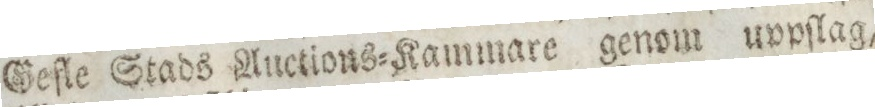
Gefle Stads Auctions=Kammare genom uppſlag,